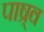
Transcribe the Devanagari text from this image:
पाष्र्व